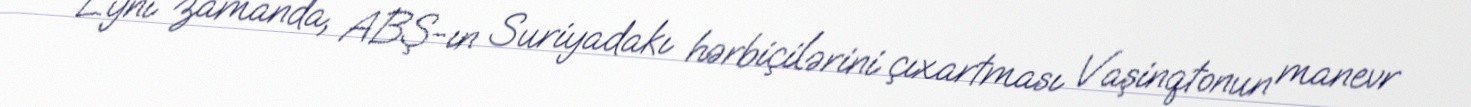
Eyni zamanda, ABŞ-ın Suriyadakı hərbiçilərini çıxartması Vaşinqtonun manevr